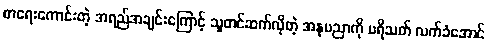
စာရေးကောင်းတဲ့ အရည်အချင်းကြောင့် သူတင်ဆက်လိုတဲ့ အနုပညာကို ပရိသတ် လက်ခံအောင်